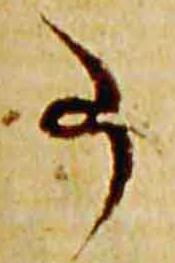
事